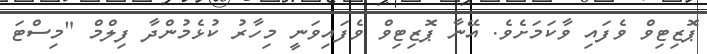
ޕޮޒިޓިވް ވެފައި ވާކަމަށެވެ. އޭނާ ޕޮޒިޓިވް ވެފައިވަނީ މިހާރު ކުޅެމުންދާ ފިލްމް "މިސްޓަ